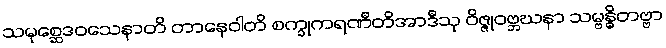
သမုစ္ဆေဒဝသေနာတိ တာနေဝါတိ စက္ခုကရဏီတိအာဒီသု ဝိဇ္ဇုဝဗ္ဘဃနာ သမ္ဗန္ဓိတဗ္ဗာ